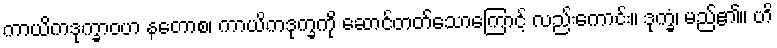
ကာယိကဒုက္ခာဝဟ နတောစ၊ ကာယိကဒုက္ခကို ဆောင်တတ်သောကြောင့် လည်းကောင်း။ ဒုက္ခံ၊ မည်၏။ ဟိ